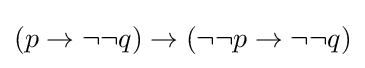
(p\to \neg \neg q)\to (\neg \neg p\to \neg \neg q)